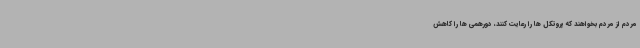
مردم از مردم بخواهند که پروتکل ها را رعایت کنند، دورهمی ها را کاهش